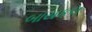
બાયકલ